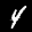
Label: 4